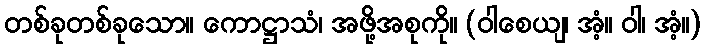
တစ်ခုတစ်ခုသော။ ကောဋ္ဌာသံ၊ အဖို့အစုကို။ (ဝါစေယျ၊ အံ့။ ဝါ၊ အံ့။)